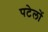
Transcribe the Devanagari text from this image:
पटेलों